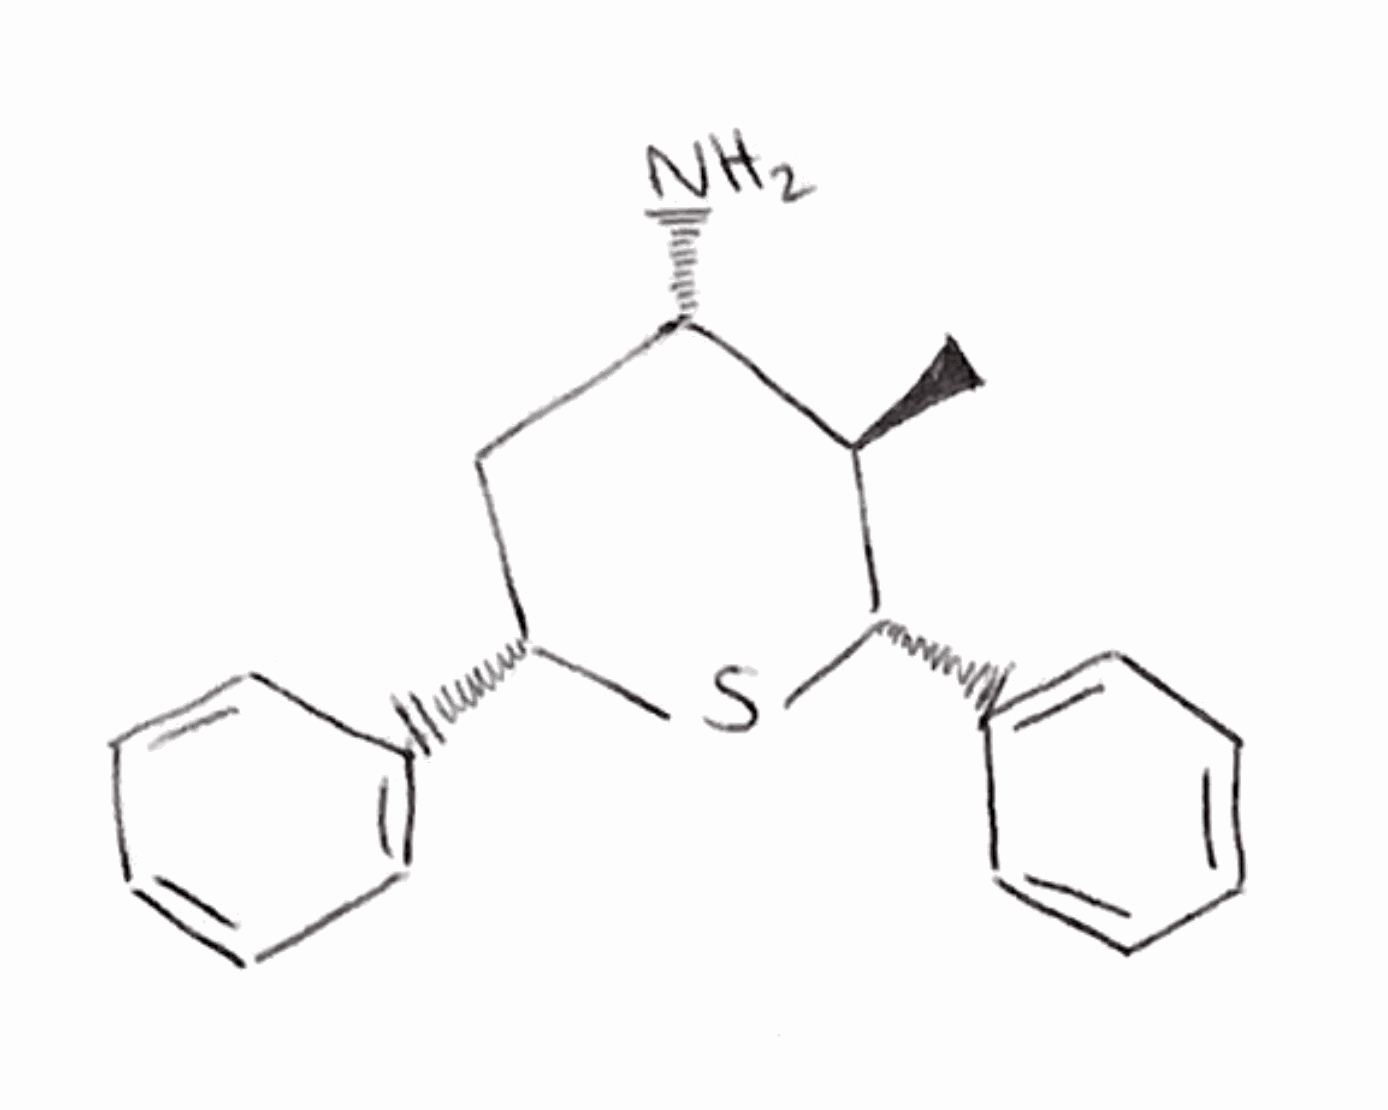
Simplified molecular-input line-entry system (SMILES) notation of the given molecule:
C[C@@H]1[C@H](C[C@H](S[C@H]1C2=CC=CC=C2)C3=CC=CC=C3)N